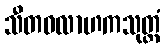
သီတဝလာဟကသုတ္တံ